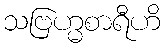
သဗြဟ္မစာရီဟိ